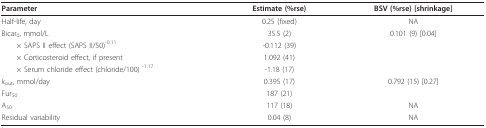
<table><thead><tr><td><b>Parameter</b></td><td><b>Estimate (%rse)</b></td><td><b>BSV (%rse) [shrinkage]</b></td></tr></thead><tbody><tr><td>Half-life, day</td><td>0.25 (fixed)</td><td>NA</td></tr><tr><td>Bicar<sub>0</sub>, mmol/L</td><td>35.5 (2)</td><td>0.101 (9) [0.04]</td></tr><tr><td> × SAPS II effect (SAPS II/50)<sup>-0.11</sup></td><td>-0.112 (39)</td><td></td></tr><tr><td> × Corticosteroid effect, if present</td><td>1.092 (41)</td><td></td></tr><tr><td> × Serum chloride effect (chloride/100) <sup>-1.17</sup></td><td>-1.18 (17)</td><td></td></tr><tr><td><i>k</i><sub>out</sub>, mmol/day</td><td>0.395 (17)</td><td>0.792 (15) [0.27]</td></tr><tr><td>Fur<sub>50</sub></td><td>187 (21)</td><td></td></tr><tr><td>A<sub>50</sub></td><td>117 (18)</td><td>NA</td></tr><tr><td>Residual variability</td><td>0.04 (8)</td><td>NA</td></tr></tbody></table>